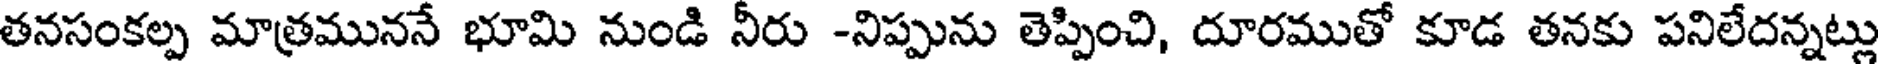
తనసంకల్ప మాత్రముననే భూమి నుండి నీరు -నిప్పును తెప్పించి, దూరముతో కూడ తనకు పనిలేదన్నట్లు